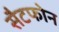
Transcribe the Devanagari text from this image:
सैटफोन